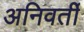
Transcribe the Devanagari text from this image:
अनिवर्ती